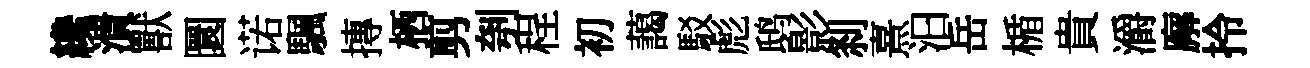
纔潰獸圜诺颿摶栖剪刳程初藹駁彪鸱影𠛴熹汩岳楯貴灂廨拎